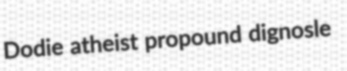
Dodie atheist propound dignosle